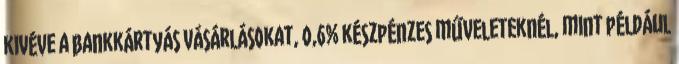
kivéve a bankkártyás vásárlásokat, 0,6% készpénzes műveleteknél, mint például